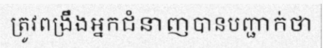
ត្រូវពង្រឹងអ្នកជំនាញបានបញ្ជាក់ថា